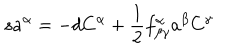
s a ^ { \alpha } = - d C ^ { \alpha } + \frac { 1 } { 2 } f _ { \beta \gamma } ^ { \alpha } a ^ { \beta } C ^ { \gamma }